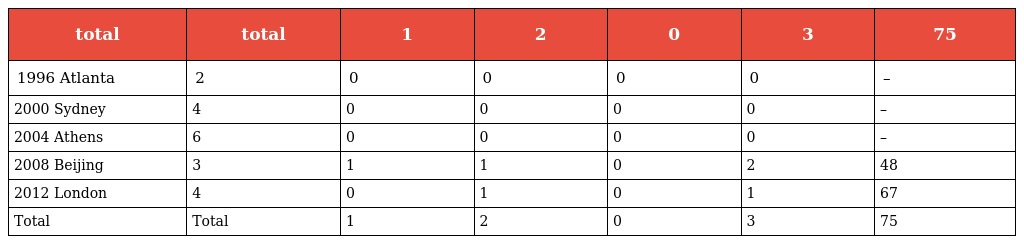
| total | total | 1 | 2 | 0 | 3 | 75 |
 | --- | --- | --- | --- | --- | --- | --- |
 | 1996 Atlanta | 2 | 0 | 0 | 0 | 0 | – |
 | 2000 Sydney | 4 | 0 | 0 | 0 | 0 | – |
 | 2004 Athens | 6 | 0 | 0 | 0 | 0 | – |
 | 2008 Beijing | 3 | 1 | 1 | 0 | 2 | 48 |
 | 2012 London | 4 | 0 | 1 | 0 | 1 | 67 |
 | Total | Total | 1 | 2 | 0 | 3 | 75 |